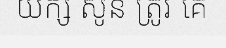
យក្ស សូន ត្រូវ គេ